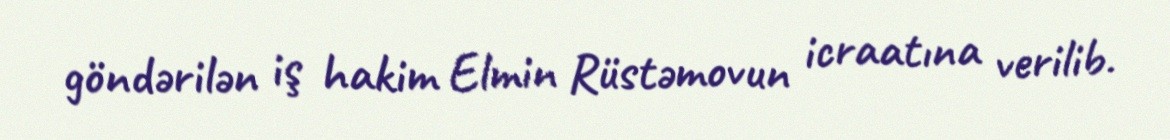
göndərilən iş hakim Elmin Rüstəmovun icraatına verilib.